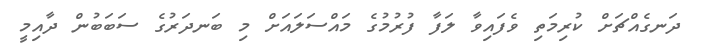
ދަނގެއްޗަށް ކުރިމަތި ވެފައިވާ ލަފާ ފުރުމުގެ މައްސަލައަށް މި ބަނދަރުގެ ސަބަބުން ދާއިމީ